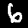
Digit: 6